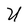
Character: U